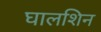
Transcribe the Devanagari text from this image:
घालशिन